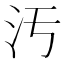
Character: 汚